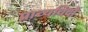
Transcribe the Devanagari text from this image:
प्राच्यविदों